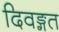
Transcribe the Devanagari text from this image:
दिवङ्गत